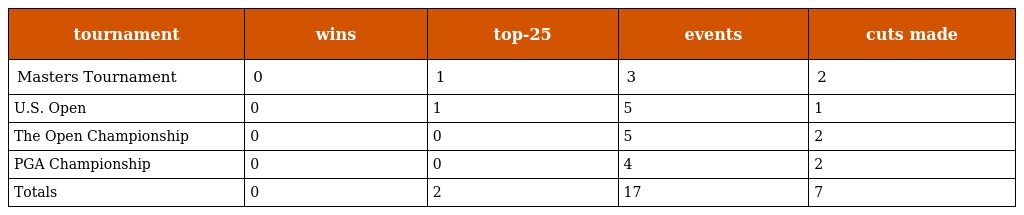
| tournament | wins | top-25 | events | cuts made |
 | --- | --- | --- | --- | --- |
 | Masters Tournament | 0 | 1 | 3 | 2 |
 | U.S. Open | 0 | 1 | 5 | 1 |
 | The Open Championship | 0 | 0 | 5 | 2 |
 | PGA Championship | 0 | 0 | 4 | 2 |
 | Totals | 0 | 2 | 17 | 7 |